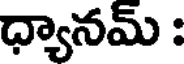
ధ్యానమ్ :